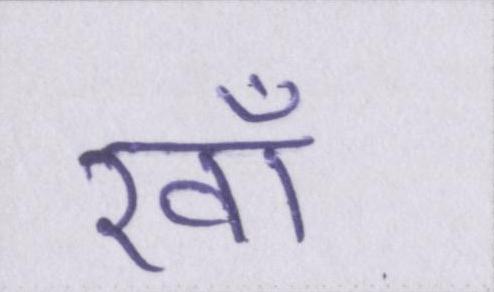
रवाँ